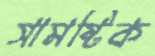
সামষ্টিক